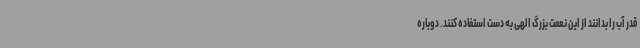
قدر آب را بدانند از این نعمت بزرگ الهی به دست استفاده کنند. دوباره